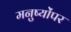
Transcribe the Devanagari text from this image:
मनुष्योंपर